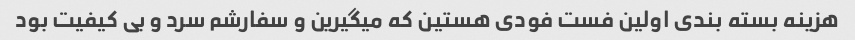
هزینه بسته بندی اولین فست فودی هستین که میگیرین و سفارشم سرد و بی کیفیت بود